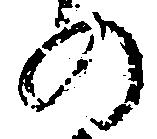
の